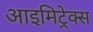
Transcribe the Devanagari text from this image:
आइमिट्रेक्स